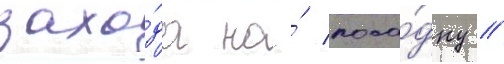
захо́да на́ поса́дку //